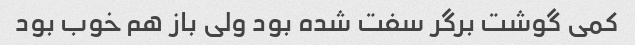
کمی گوشت برگر سفت شده بود ولی باز هم خوب بود